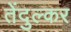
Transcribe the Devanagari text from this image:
तेंदुल्कर